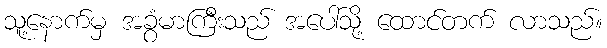
သူ့နောက်မှ အခွံမာကြီးသည် အပေါ်သို့ ထောင်တက် လာသည်။